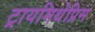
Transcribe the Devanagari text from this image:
ट्रायमिथेप्रिम